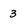
Character: 3